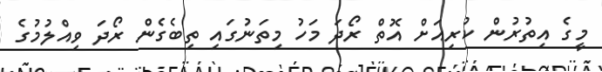
މީގެ އިތުރުން ކުރިއަށް އޮތް ރޯދަ މަހު މިތަނުގައި ތިބެގެން ރޯދަ ވިއްލުމުގެ